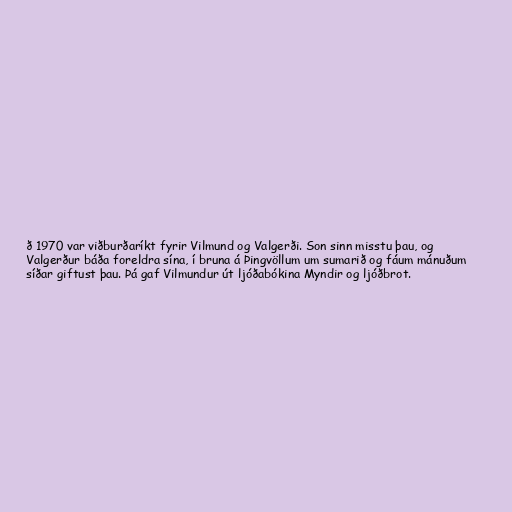
ð 1970 var viðburðaríkt fyrir Vilmund og Valgerði. Son sinn misstu þau, og
Valgerður báða foreldra sína, í bruna á Þingvöllum um sumarið og fáum mánuðum
síðar giftust þau. Þá gaf Vilmundur út ljóðabókina Myndir og ljóðbrot.